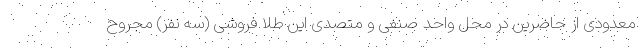
معدودی از حاضرین در محل واحد صنفی و متصدی این طلا فروشی (سه نفر) مجروح